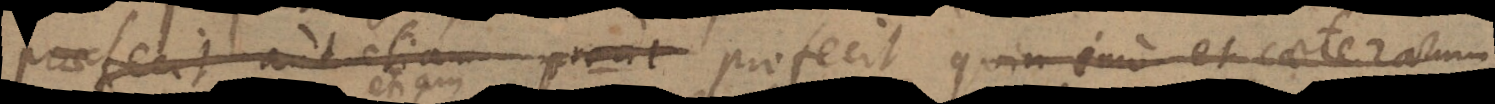
praefecit, aut etiam prout profecit quin imo et caeterarum